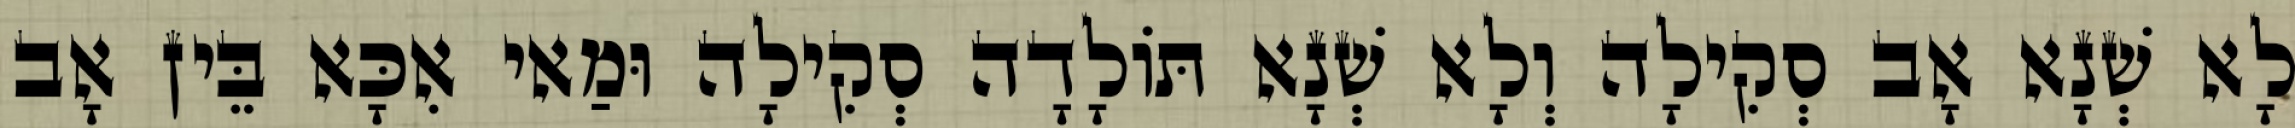
לָא שְׁנָא אָב סְקִילָה וְלָא שְׁנָא תּוֹלָדָה סְקִילָה וּמַאי אִכָּא בֵּין אָב